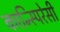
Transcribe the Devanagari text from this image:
कान्स्पिरेसी